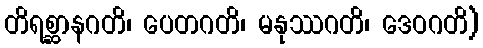
တိရစ္ဆာနဂတိ၊ ပေတဂတိ၊ မနုဿဂတိ၊ ဒေဝဂတိ)